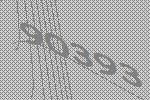
90393